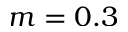
m = 0 . 3